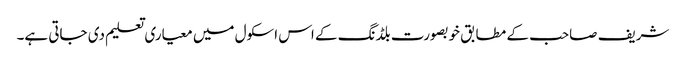
شریف صاحب کے مطابق خوبصورت بلڈنگ کے اس اسکول میں معیاری تعلیم دی جاتی ہے۔